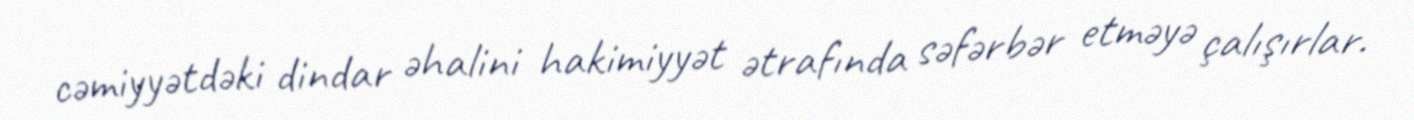
cəmiyyətdəki dindar əhalini hakimiyyət ətrafında səfərbər etməyə çalışırlar.